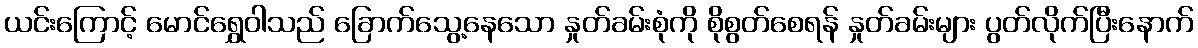
ယင်းကြောင့် မောင်ရွှေဝါသည် ခြောက်သွေ့နေသော နှုတ်ခမ်းစုံကို စိုစွတ်စေရန် နှုတ်ခမ်းများ ပွတ်လိုက်ပြီးနောက်